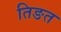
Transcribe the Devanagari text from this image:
तिङत